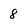
Character: 8